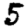
Digit: 5